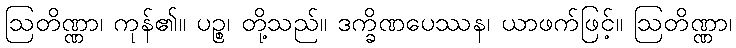
ဩတိဏ္ဏာ၊ ကုန်၏။ ပဉ္စ၊ တို့သည်။ ဒက္ခိဏပေဿန၊ ယာဖက်ဖြင့်။ ဩတိဏ္ဏာ၊